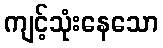
ကျင့်သုံးနေသော